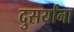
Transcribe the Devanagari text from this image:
दुसर्यांना